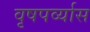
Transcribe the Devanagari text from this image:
वृषपर्व्यास